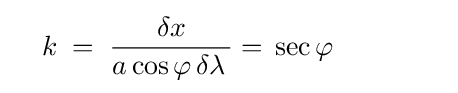
\quad k\;=\;{\dfrac {\delta x}{a\cos \varphi \,\delta \lambda \,}}=\,\sec \varphi \qquad \qquad {}